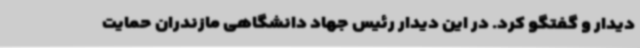
دیدار و گفتگو کرد. در این دیدار رئیس جهاد دانشگاهی مازندران حمایت